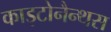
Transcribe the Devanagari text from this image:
काइटोनैन्थस